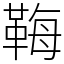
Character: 𩊱